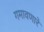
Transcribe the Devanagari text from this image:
गमावणारे